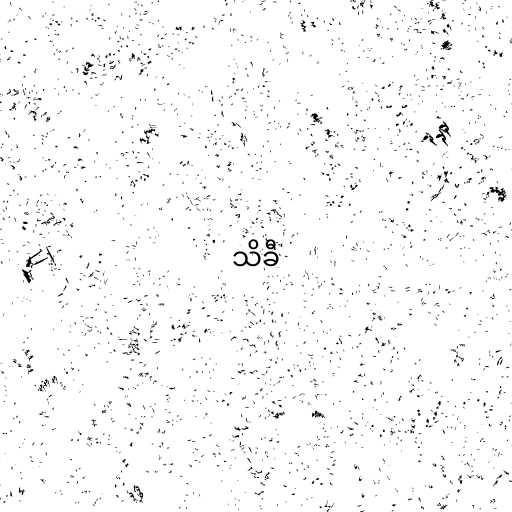
သိခီ